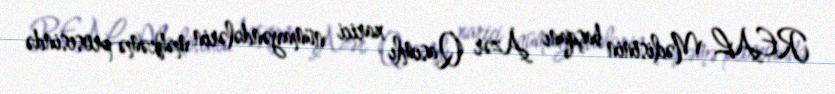
REAL Məclisinin başqanı Azər Qasımlı xarici nümayəndələrin məhkəmə prosesində